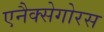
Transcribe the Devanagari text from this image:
एनैक्सेगोरस